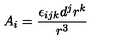
A _ { i } = \frac { \epsilon _ { i j k } d ^ { j } r ^ { k } } { r ^ { 3 } }